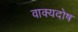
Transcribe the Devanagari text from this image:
वाक्यदोष